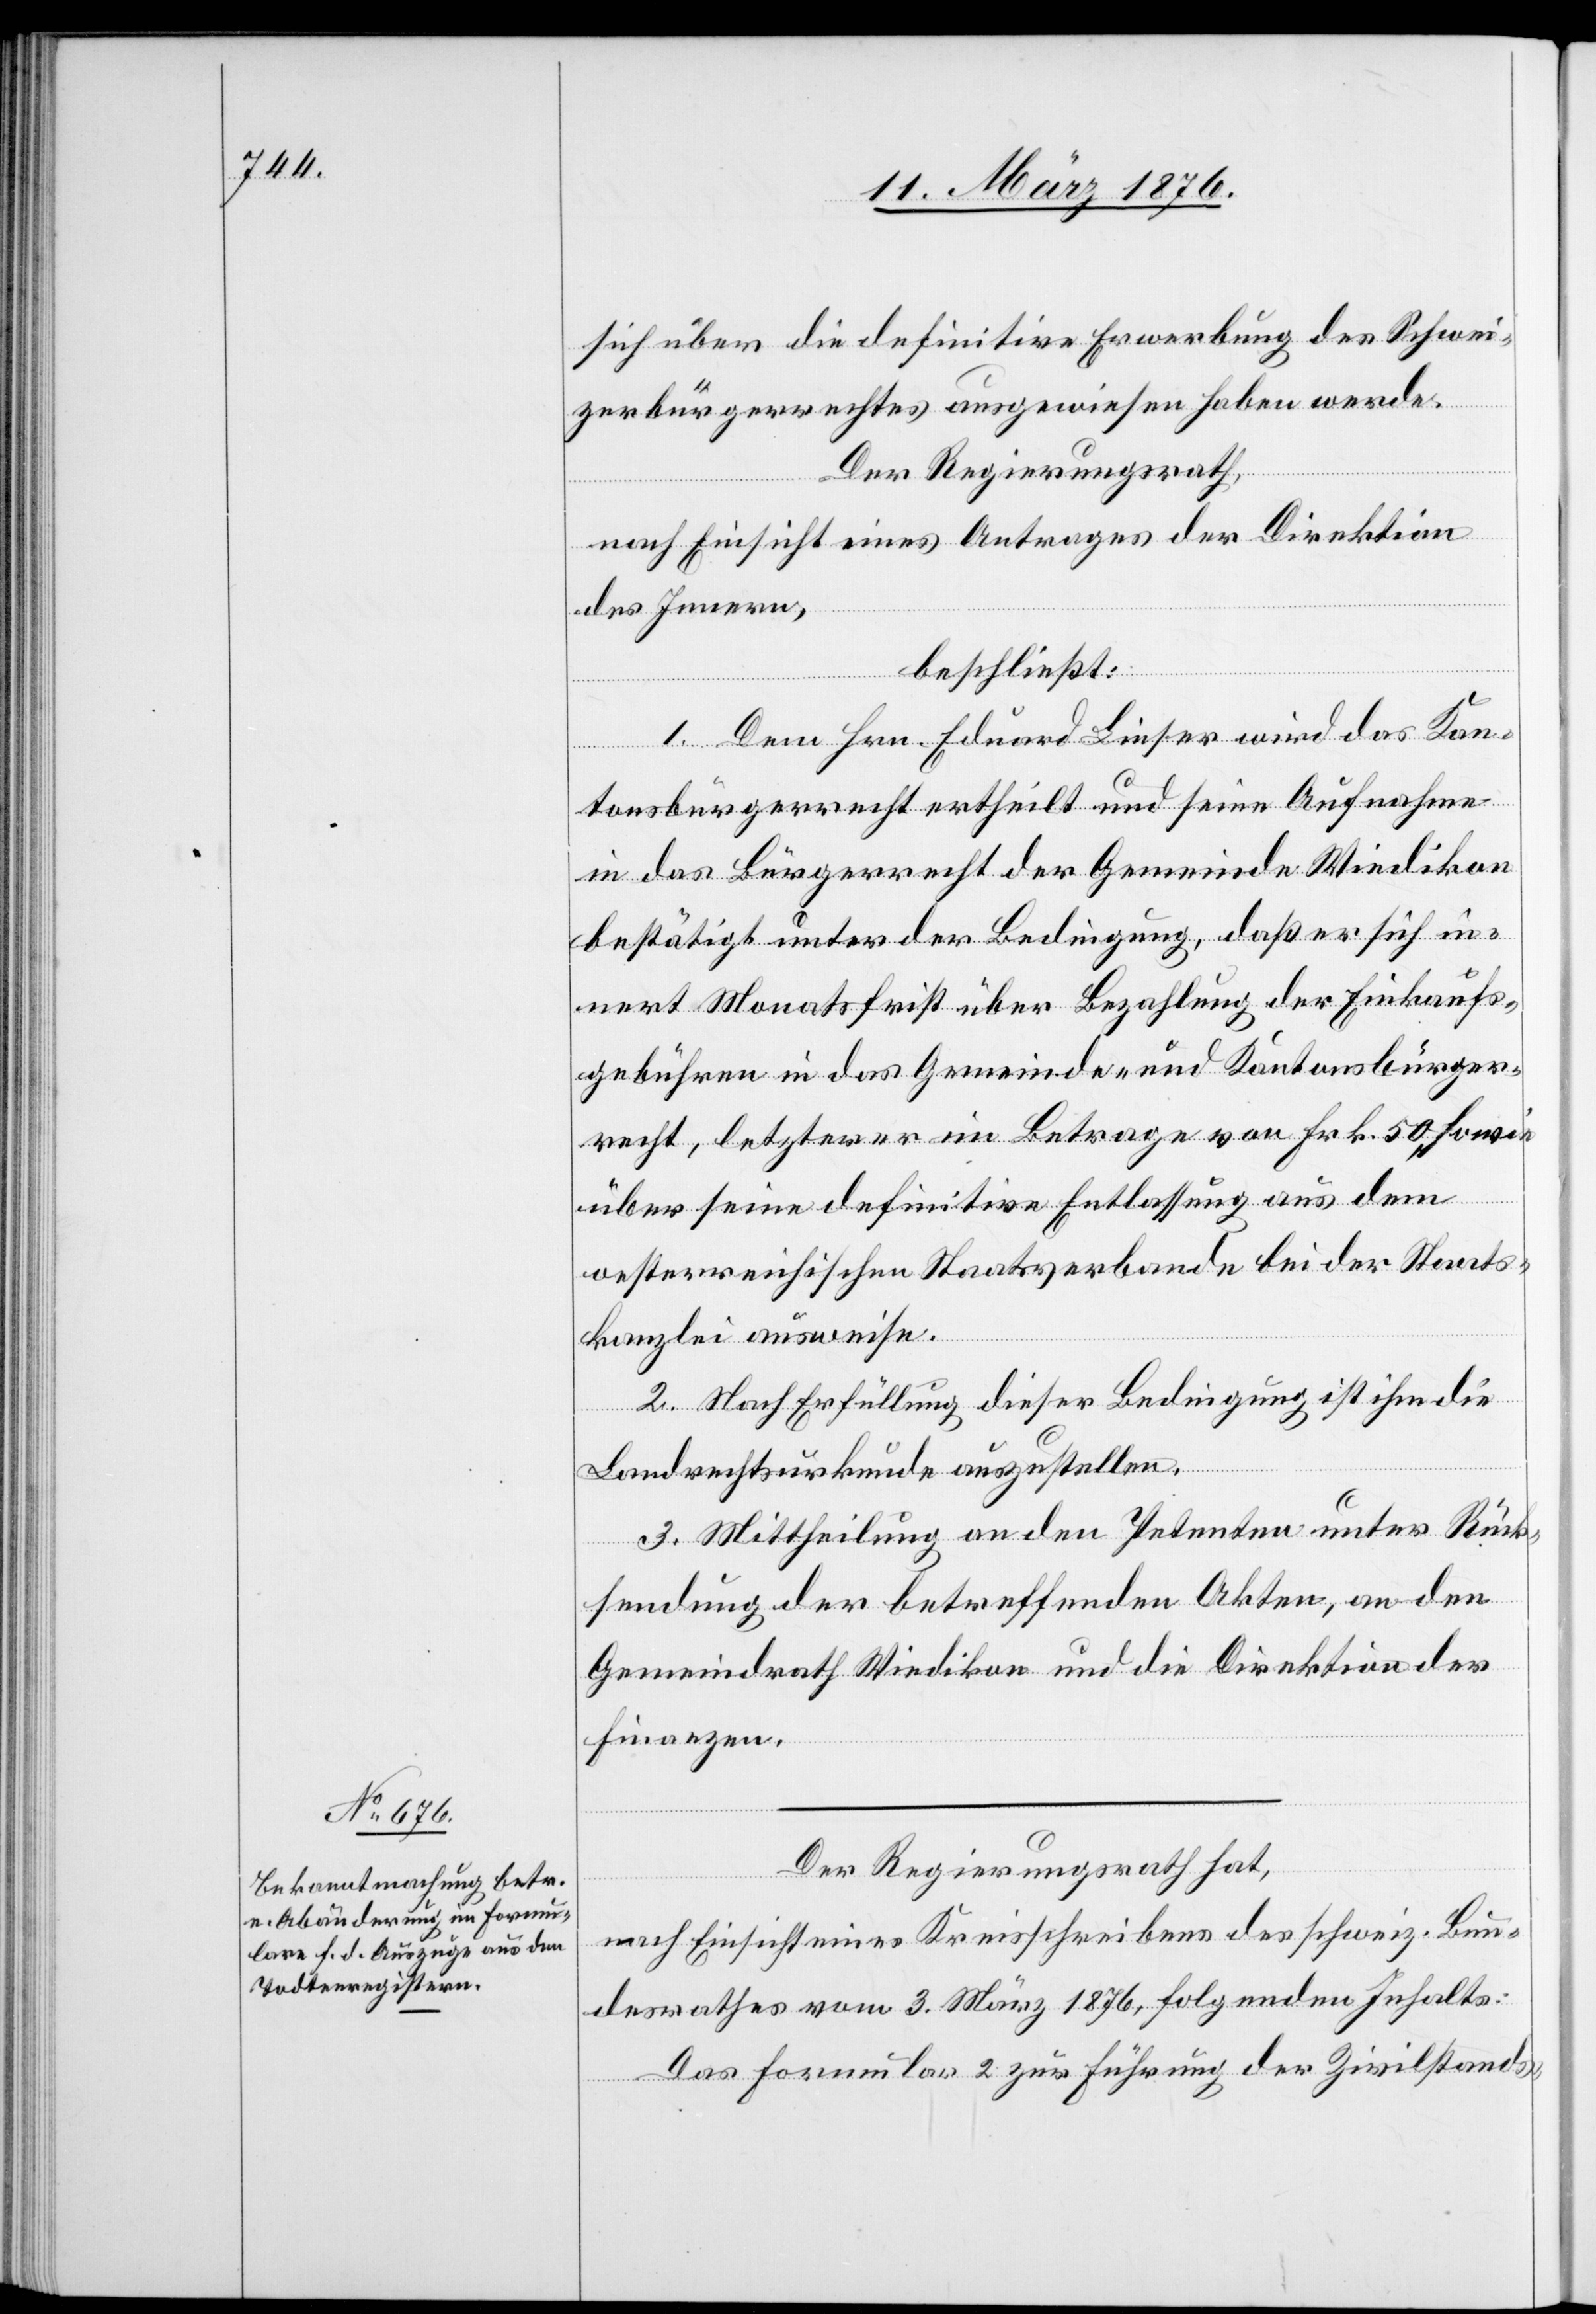
Der Regierungsrath,
nach Einsicht eines Kreisschreibens des schweiz. Bun¬
desrathes vom 3. März 1876, folgenden Inhalts:
Das Formular 2 zur Führung der Zivilstands-